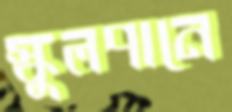
স্কুলপানে